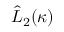
\hat { L } _ { 2 } ( \kappa )